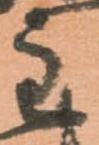
主